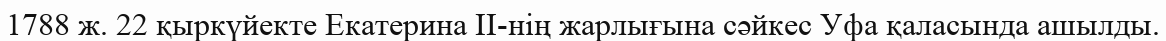
1788 ж. 22 қыркүйекте Екатерина II-нің жарлығына сәйкес Уфа қаласында ашылды.